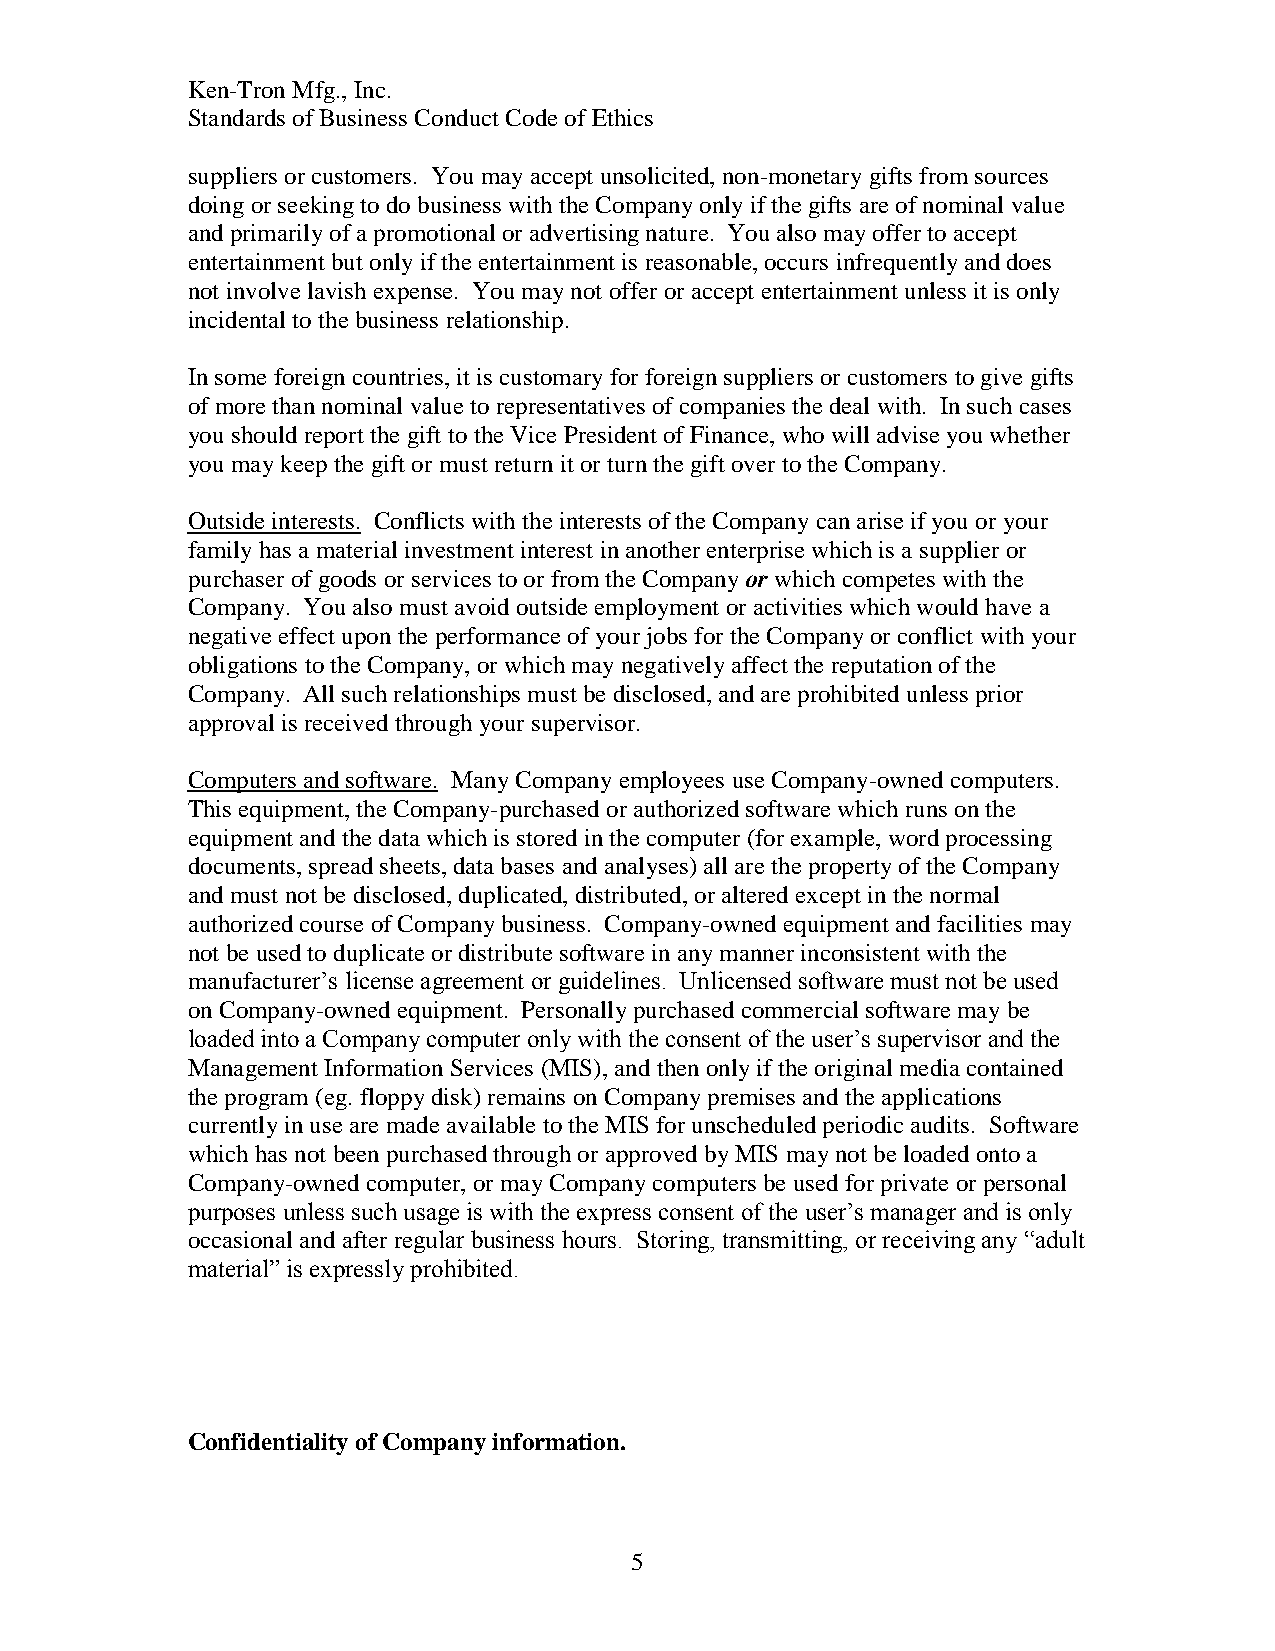
Ken-Tron Mfg., Inc.
 Standards of Business Conduct Code of Ethics
 suppliers or customers. You may accept unsolicited, non-monetary gifts from sources
 doing or seeking to do business with the Company only if the gifts are of nominal value
 and primarily of a promotional or advertising nature. You also may offer to accept
 entertainment but only if the entertainment is reasonable, occurs infrequently and does
 not involve lavish expense. You may not offer or accept entertainment unless it is only
 incidental to the business relationship.
 In some foreign countries, it is customary for foreign suppliers or customers to give gifts
 of more than nominal value to representatives of companies the deal with. In such cases
 you should report the gift to the Vice President of Finance, who will advise you whether
 you may keep the gift or must return it or turn the gift over to the Company.
 Outside interests. Conflicts with the interests of the Company can arise if you or your
 family has a material investment interest in another enterprise which is a supplier or
 purchaser of goods or services to or from the Company or which competes with the
 Company. You also must avoid outside employment or activities which would have a
 negative effect upon the performance of your jobs for the Company or conflict with your
 obligations to the Company, or which may negatively affect the reputation of the
 Company. All such relationships must be disclosed, and are prohibited unless prior
 approval is received through your supervisor.
 Computers and software. Many Company employees use Company-owned computers.
 This equipment, the Company-purchased or authorized software which runs on the
 equipment and the data which is stored in the computer (for example, word processing
 documents, spread sheets, data bases and analyses) all are the property of the Company
 and must not be disclosed, duplicated, distributed, or altered except in the normal
 authorized course of Company business. Company-owned equipment and facilities may
 not be used to duplicate or distribute software in any manner inconsistent with the
 manufacturer’s license agreement or guidelines. Unlicensed software must not be used
 on Company-owned equipment. Personally purchased commercial software may be
 loaded into a Company computer only with the consent of the user’s supervisor and the
 Management Information Services (MIS), and then only if the original media contained
 the program (eg. floppy disk) remains on Company premises and the applications
 currently in use are made available to the MIS for unscheduled periodic audits. Software
 which has not been purchased through or approved by MIS may not be loaded onto a
 Company-owned computer, or may Company computers be used for private or personal
 purposes unless such usage is with the express consent of the user’s manager and is only
 occasional and after regular business hours. Storing, transmitting, or receiving any “adult
 material” is expressly prohibited.
 Confidentiality of Company information.
 5